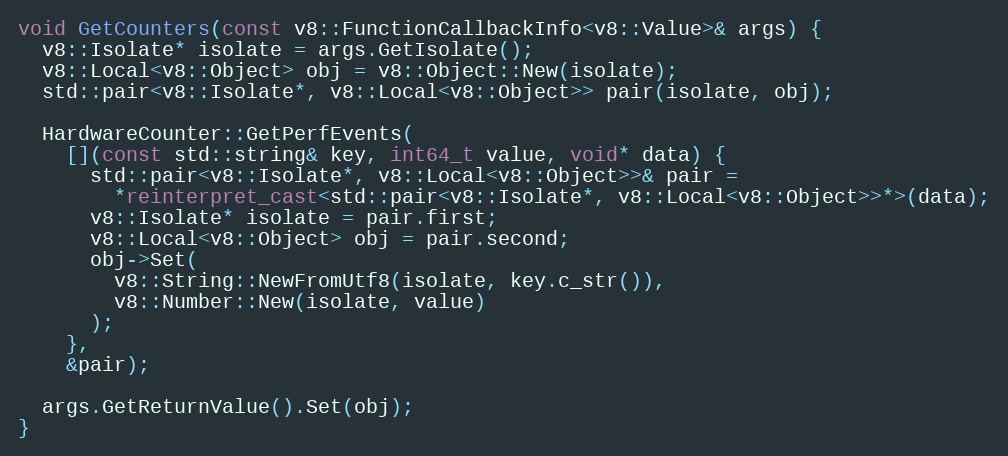
Language: C++
void GetCounters(const v8::FunctionCallbackInfo<v8::Value>& args) {
  v8::Isolate* isolate = args.GetIsolate();
  v8::Local<v8::Object> obj = v8::Object::New(isolate);
  std::pair<v8::Isolate*, v8::Local<v8::Object>> pair(isolate, obj);

  HardwareCounter::GetPerfEvents(
    [](const std::string& key, int64_t value, void* data) {
      std::pair<v8::Isolate*, v8::Local<v8::Object>>& pair =
        *reinterpret_cast<std::pair<v8::Isolate*, v8::Local<v8::Object>>*>(data);
      v8::Isolate* isolate = pair.first;
      v8::Local<v8::Object> obj = pair.second;
      obj->Set(
        v8::String::NewFromUtf8(isolate, key.c_str()),
        v8::Number::New(isolate, value)
      );
    },
    &pair);

  args.GetReturnValue().Set(obj);
}